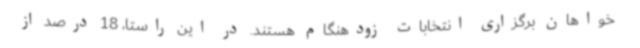
خواهان برگزاری انتخابات زودهنگام هستند. در این راستا، 18 درصد از